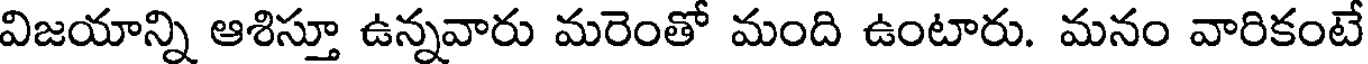
విజయాన్ని ఆశిస్తూ ఉన్నవారు మరెంతో మంది ఉంటారు. మనం వారికంటే